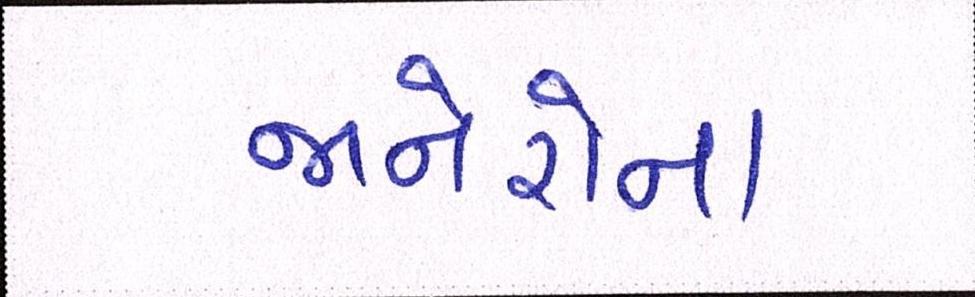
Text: જાનેરોના